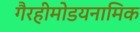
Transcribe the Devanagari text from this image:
गैरहीमोडयनामिक